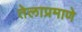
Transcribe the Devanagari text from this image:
तेलाप्रमाणे